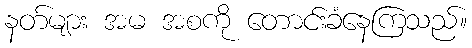
နတ်များ အမ အစကို တောင်းခံနေကြသည်။